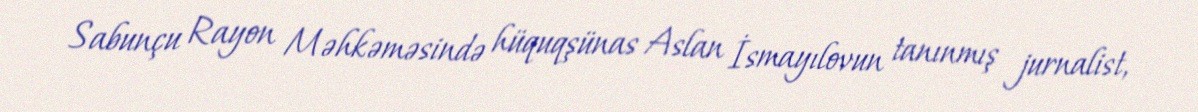
Sabunçu Rayon Məhkəməsində hüquqşünas Aslan İsmayılovun tanınmış jurnalist,